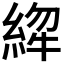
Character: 𱹸